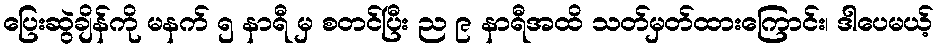
ပြေးဆွဲချိန်ကို မနက် ၅ နာရီ မှ စတင်ပြီး ည ၉ နာရီအထိ သတ်မှတ်ထားကြောင်း၊ ဒါပေမယ့်